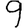
Digit: 9